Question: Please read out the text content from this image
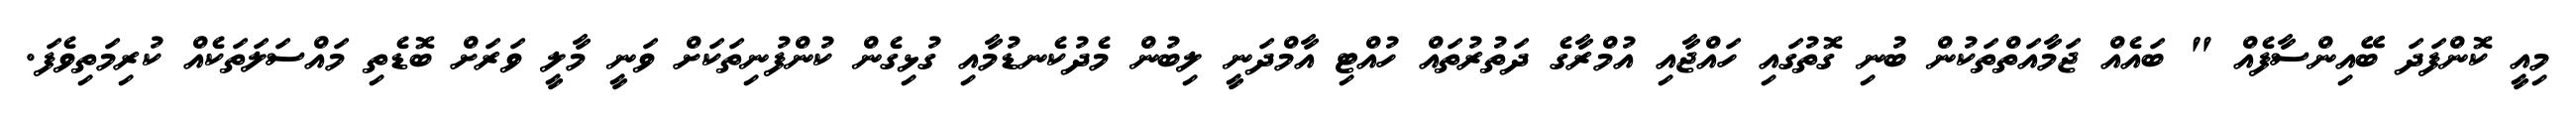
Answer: މިއީ ކޮންފަދަ ބޭއިންސާފެއް " ބައެއް ޖަމާއަތްތަކުން ބުނި ގޮތުގައި ހައްޖާއި އުމްރާގެ ދަތުރުތައް ހުއްޓި އާމްދަނީ ލިބުން މެދުކެނޑުމާއި ގުޅިގެން ކުންފުނިތަކަށް ވަނީ މާލީ ވަރަށް ބޮޑެތި މައްސަލަތަކެއް ކުރިމަތިވެފަ.